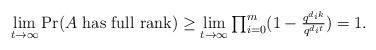
LaTeX: \begin{align*}\textstyle \lim\limits_{t\to\infty}\Pr(\mbox{\rm $A$ has full rank}) \ge\lim\limits_{t\to\infty}\prod_{i=0}^m(1-\frac{q^{d_ik}}{q^{d_it}}) =1.\end{align*}